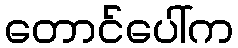
တောင်ပေါ်က